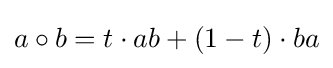
a\circ b=t\cdot ab+(1-t)\cdot ba